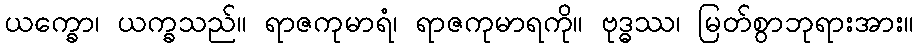
ယက္ခော၊ ယက္ခသည်။ ရာဇကုမာရံ၊ ရာဇကုမာရကို။ ဗုဒ္ဓဿ၊ မြတ်စွာဘုရားအား။